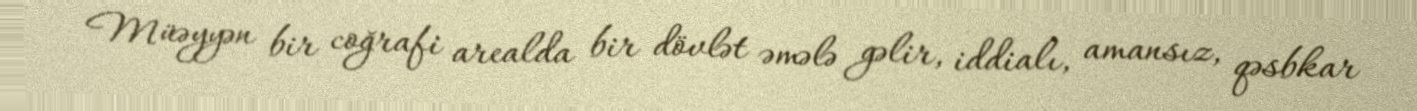
Müəyyən bir coğrafi arealda bir dövlət əmələ gəlir, iddialı, amansız, qəsbkar